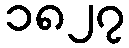
၁၈၂၇